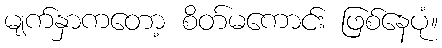
မျက်နှာကတော့ စိတ်မကောင်း ဖြစ်နေပုံ။